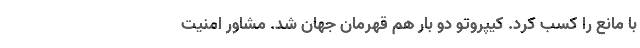
با مانع را کسب کرد. کیپروتو دو بار هم قهرمان جهان شد. مشاور امنیت